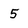
Character: 5